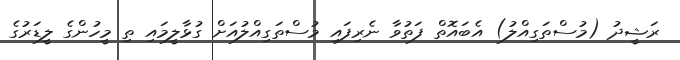
ރަޝީދު (މުސްތަގިއްލު) އެބައޮތް ފަތުވާ ނެރިފައި މުސްތަގިއްލުއަށް ގުޅާލީމައި ތި މީހުންގެ ލީޑަރުގެ